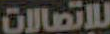
للإتصالات